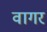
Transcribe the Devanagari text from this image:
वागर